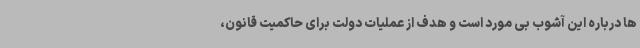
ها درباره این آشوب بی مورد است و هدف از عملیات دولت برای حاکمیت قانون،